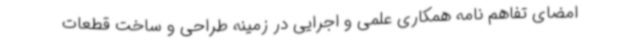
امضای تفاهم نامه همکاری علمی و اجرایی در زمینه طراحی و ساخت قطعات